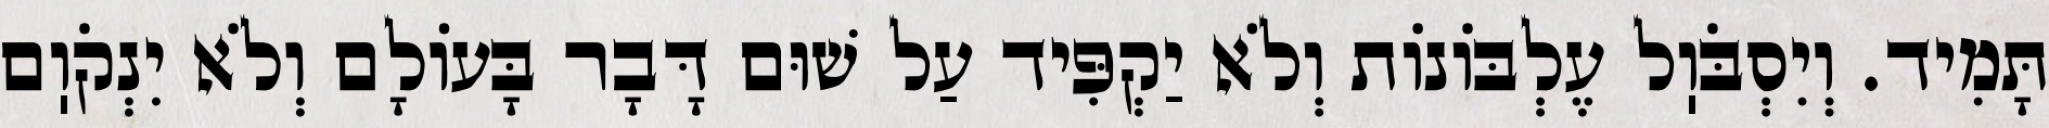
תָּמִיד. וְיִסְבֹּוֽל עֶלְבּוֹנוֹת וְלֹא יַקְפִּיד עַל שׁוּם דָּבָר בָּעוֹלָם וְלֹא יִנְקֹוֽם